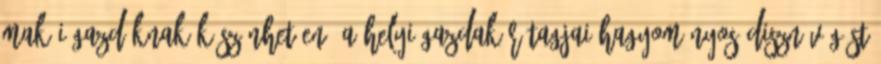
makói gazdáknak köszönhetően. A helyi gazdakör tagjai hagyományos disznóvágást